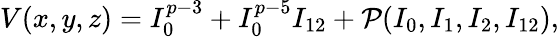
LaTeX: V(x,y,z)=I_{0}^{p-3}+I_{0}^{p-5}I_{12}+{\cal P}(I_{0},I_{1},I_{2},I_{12}),